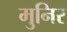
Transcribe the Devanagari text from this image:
मुनिर